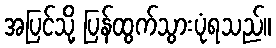
အပြင်သို့ ပြန်ထွက်သွားပုံရသည်။